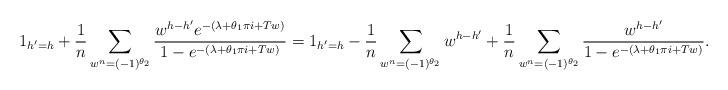
LaTeX: \begin{align*} \mathrm{1}_{h'=h} + \frac{1}{n} \sum_{w^n = (-1)^{\theta_2}} \frac{ w^{h-h'} e^{ - (\lambda+\theta_1 \pi i+Tw)} }{ 1 - e^{- (\lambda+\theta_1 \pi i +Tw) } } = \mathrm{1}_{h'=h} - \frac{1}{n} \sum_{w^n = (-1)^{\theta_2}} w^{ h-h'} + \frac{1}{n} \sum_{w^n = (-1)^{\theta_2}} \frac{ w^{h-h'} }{ 1 - e^{- (\lambda+\theta_1 \pi i +Tw) } } . \end{align*}